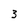
Character: 3